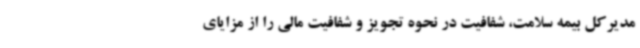
مدیرکل بیمه سلامت، شفافیت در نحوه تجویز و شفافیت مالی را از مزایای